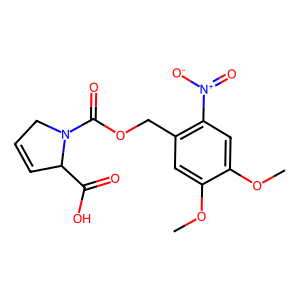
SMILES: COc1cc(COC(=O)N2CC=CC2C(=O)O)c([N+](=O)[O-])cc1OC
Inhibits HIV replication: No